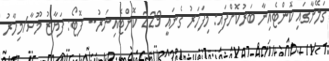
ގަލޭނާގައި ކޮންޓެއިނާ ބަރުކޮށްފައި: މިފަހަރު ގެނައީ 229 ކޮންޓެއިނަރު-- ފޮޓޯ: ފަޔާޒު މޫސާ/މިހާރު